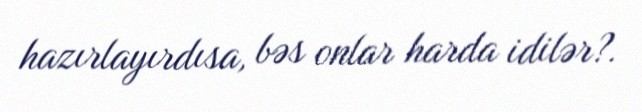
hazırlayırdısa, bəs onlar harda idilər?.